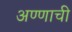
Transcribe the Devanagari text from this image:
अण्णाची